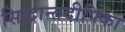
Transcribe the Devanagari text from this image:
सिद्धान्तदीपिका